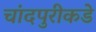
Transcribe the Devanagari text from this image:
चांदपुरीकडे